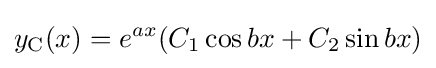
y_{\mathrm {C} }(x)=e^{ax}(C_{1}\cos bx+C_{2}\sin bx)